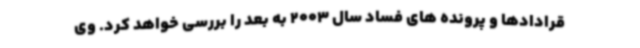
قرادادها و پرونده های فساد سال 2003 به بعد را بررسی خواهد کرد. وی